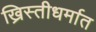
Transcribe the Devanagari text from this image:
ख्रिस्तीधर्मात